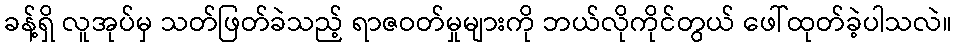
ခန့်ရှိ လူအုပ်မှ သတ်ဖြတ်ခဲသည့် ရာဇဝတ်မှုများကို ဘယ်လိုကိုင်တွယ် ဖေါ်ထုတ်ခဲ့ပါသလဲ။